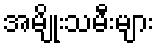
အမျိုးသမီးများ